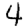
Digit: 4